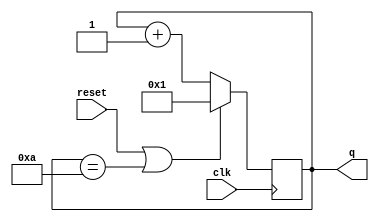
module top_module (
    input clk,
    input reset,
    output [3:0] q);
		always @(posedge clk)
            if (reset || q == 4'd10)	// Count to 10 requires rolling over 10->1 instead of the more natural 15->0
			q <= 1'b1;
		else
			q <= q+1'b1;
endmodule